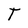
Character: T